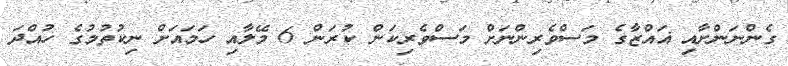
ގެންނަންށާއި ޣައްޒާގެ މަސްވެރިންނަށް މަސްވެރިކަން ކުރަން 6 މޭލާއި ހަމައަށް ނިކުތުމުގެ ހުއްދަ